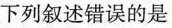
下列叙述错误的是